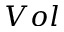
V o l